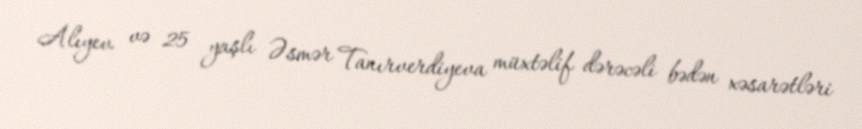
Alıyev və 25 yaşlı Əsmər Tanırverdiyeva müxtəlif dərəcəli bədən xəsarətləri